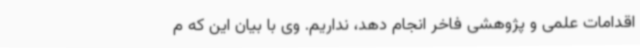
اقدامات علمی و پژوهشی فاخر انجام دهد، نداریم. وی با بیان این که م